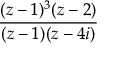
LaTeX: \frac { ( z - 1 ) ^ { 3 } ( z - 2 ) } { ( z - 1 ) ( z - 4 i ) }